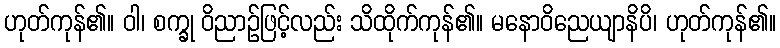
ဟုတ်ကုန်၏။ ဝါ၊ စက္ခု ဝိညာဉ်ဖြင့်လည်း သိထိုက်ကုန်၏။ မနောဝိညေယျာနိပိ၊ ဟုတ်ကုန်၏။